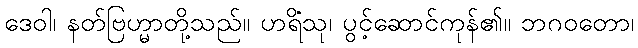
ဒေဝါ၊ နတ်ဗြဟ္မာတို့သည်။ ဟရိံသု၊ ပွင့်ဆောင်ကုန်၏။ ဘဂဝတော၊